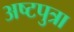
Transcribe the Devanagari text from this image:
अष्टपुत्रा